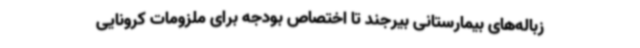
زباله‌های بیمارستانی بیرجند تا اختصاص بودجه برای ملزومات کرونایی